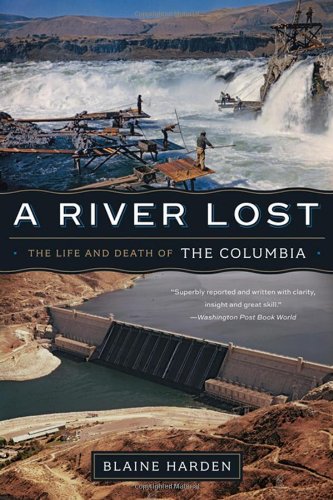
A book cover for A River Lost: The Life and Death of the Columbia (Revised and Updated); Blaine Harden; Science & Math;